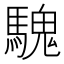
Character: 騩